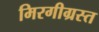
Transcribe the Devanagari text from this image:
मिरगीग्रस्त